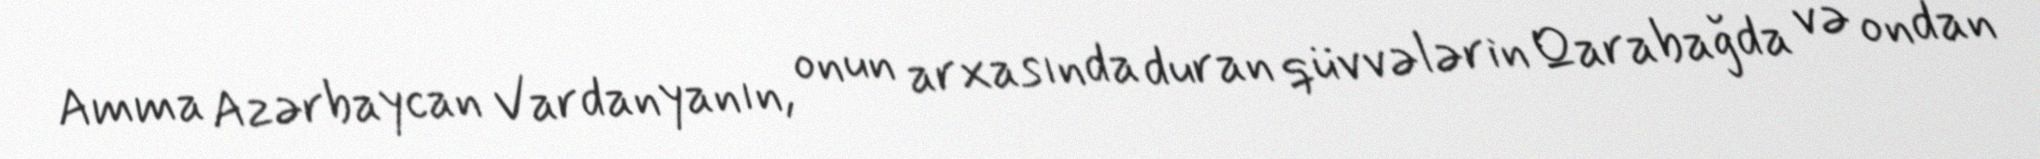
Amma Azərbaycan Vardanyanın, onun arxasında duran qüvvələrin Qarabağda və ondan